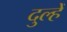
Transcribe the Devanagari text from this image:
दुल्हेँ